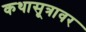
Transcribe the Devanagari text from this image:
कथासूत्रावर